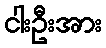
ငါးဦးအား